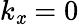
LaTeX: k_{\mathit{x}}=0